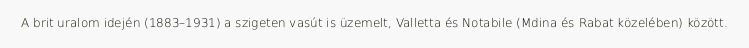
A brit uralom idején (1883–1931) a szigeten vasút is üzemelt, Valletta és Notabile (Mdina és Rabat közelében) között.